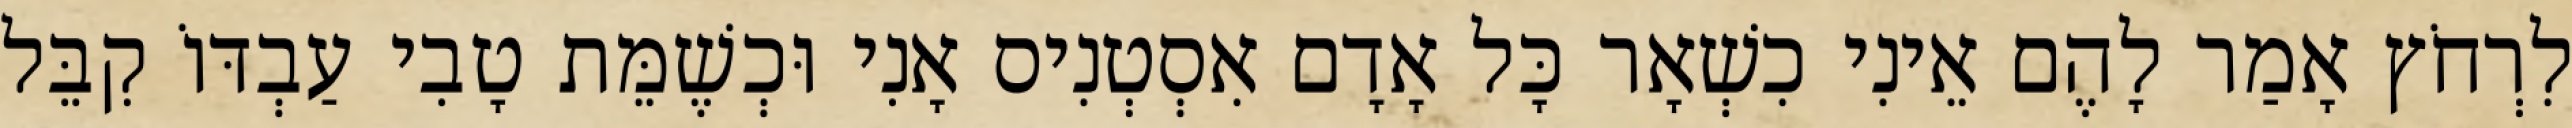
לִרְחֹץ אָמַר לָהֶם אֵינִי כִשְׁאָר כָּל אָדָם אִסְטְנִיס אָנִי וּכְשֶׁמֵּת טָבִי עַבְדּוֹ קִבֵּל